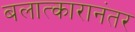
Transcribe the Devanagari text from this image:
बलात्कारानंतर